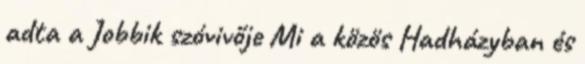
adta a Jobbik szóvivője Mi a közös Hadházyban és